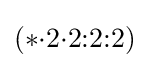
(*{\cdot }2{\cdot }2{:}2{:}2)